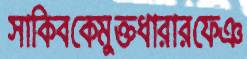
সাকিবকেমুক্তধারারফেঞ